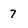
Character: 7